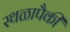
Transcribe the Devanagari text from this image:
स्थळापैकी